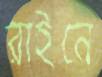
রাইনে